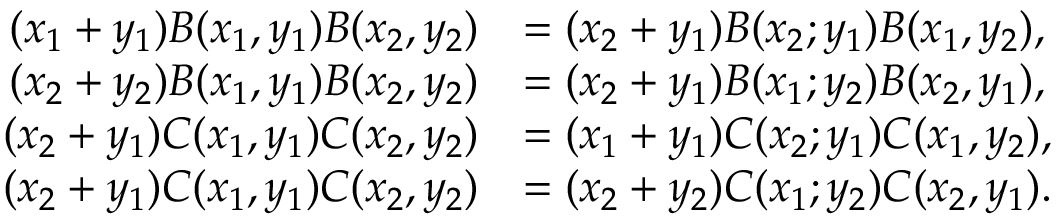
\begin{array} { r l } { ( x _ { 1 } + y _ { 1 } ) B ( x _ { 1 } , y _ { 1 } ) B ( x _ { 2 } , y _ { 2 } ) } & { = ( x _ { 2 } + y _ { 1 } ) B ( x _ { 2 } ; y _ { 1 } ) B ( x _ { 1 } , y _ { 2 } ) , } \\ { ( x _ { 2 } + y _ { 2 } ) B ( x _ { 1 } , y _ { 1 } ) B ( x _ { 2 } , y _ { 2 } ) } & { = ( x _ { 2 } + y _ { 1 } ) B ( x _ { 1 } ; y _ { 2 } ) B ( x _ { 2 } , y _ { 1 } ) , } \\ { ( x _ { 2 } + y _ { 1 } ) C ( x _ { 1 } , y _ { 1 } ) C ( x _ { 2 } , y _ { 2 } ) } & { = ( x _ { 1 } + y _ { 1 } ) C ( x _ { 2 } ; y _ { 1 } ) C ( x _ { 1 } , y _ { 2 } ) , } \\ { ( x _ { 2 } + y _ { 1 } ) C ( x _ { 1 } , y _ { 1 } ) C ( x _ { 2 } , y _ { 2 } ) } & { = ( x _ { 2 } + y _ { 2 } ) C ( x _ { 1 } ; y _ { 2 } ) C ( x _ { 2 } , y _ { 1 } ) . } \end{array}